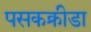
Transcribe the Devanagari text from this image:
पसकक्रीडा